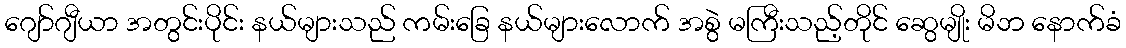
ဂျော်ဂျီယာ အတွင်းပိုင်း နယ်များသည် ကမ်းခြေ နယ်များလောက် အစွဲ မကြီးသည့်တိုင် ဆွေမျိုး မိဘ နောက်ခံ